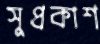
সুপ্রকাশ